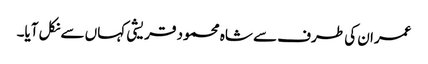
عمران کی طرف سے شاہ محمود قریشی کہاں سے نکل آیا۔